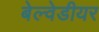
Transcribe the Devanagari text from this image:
बेल्वेडीयर